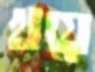
খয়ে